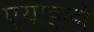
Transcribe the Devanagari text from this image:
एयाइडो